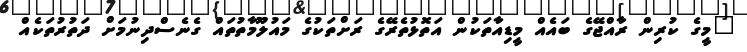
"މީގެ ކުރިން ރާއްޖޭގެ ބައެއް މީޑިއާތަކުން އަތޮޅުތެރޭގެ ރަށްތަކުގެ މައުލޫމާތުތައް ގެނެސްދިނުމަށް ދަތުރުތަކެއް